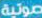
صوتية